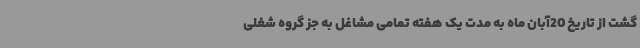
گشت از تاریخ 20آبان ماه به مدت یک هفته تمامی مشاغل به جز گروه شغلی